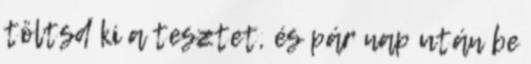
töltsd ki a tesztet, és pár nap után be